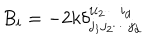
LaTeX: B _ { i } = - 2 k \delta _ { j _ { 1 } j _ { 2 } \cdots j _ { d } } ^ { i i _ { 2 } \cdots i _ { d } } \,